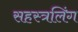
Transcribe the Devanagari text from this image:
सहस्त्रलिंग